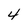
Character: 4